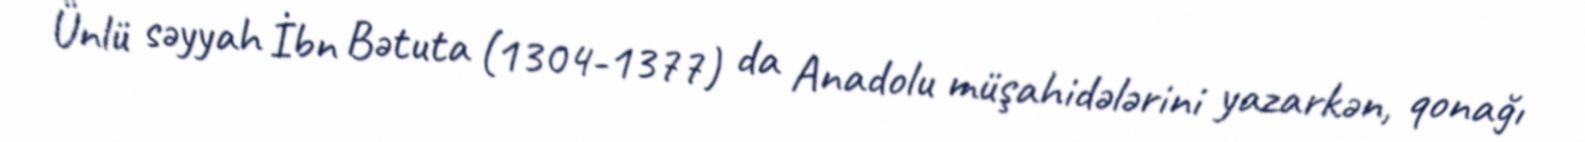
Ünlü səyyah İbn Bətuta (1304-1377) da Anadolu müşahidələrini yazarkən, qonağı